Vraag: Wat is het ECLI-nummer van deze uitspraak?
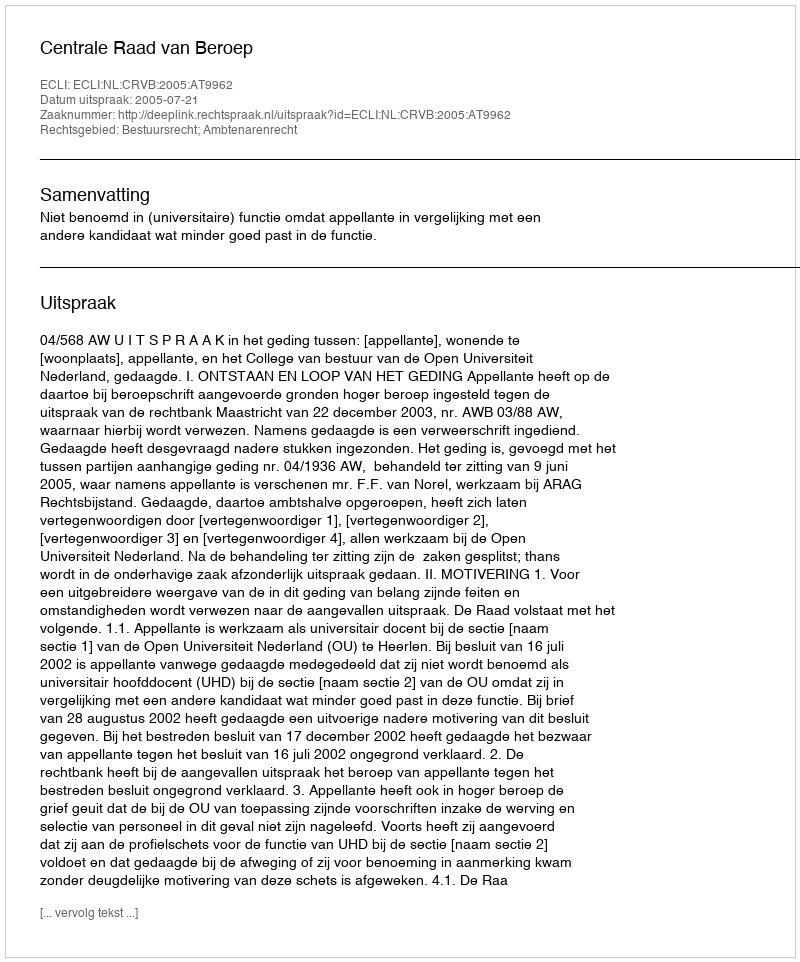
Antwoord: ECLI:NL:CRVB:2005:AT9962